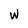
Character: w